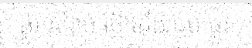
ផ្លូវ សំរាប់ ថ្មើរជើង ចប់ ផ្លូវ